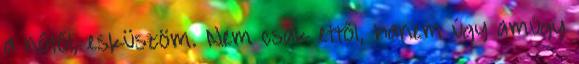
a nőtől, esküszöm. Nem csak ettől, hanem úgy amúgy